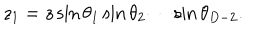
z _ { 1 } = z \sin \theta _ { 1 } \sin \theta _ { 2 } \cdots \sin \theta _ { D - 2 } .